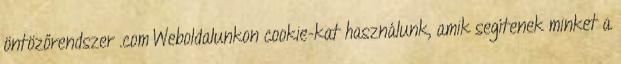
öntözőrendszer .com Weboldalunkon cookie-kat használunk, amik segítenek minket a